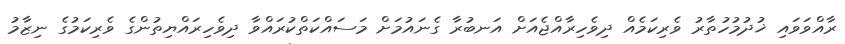
ރާއްވަވައި ޚުދުމުހުތާރު ވެރިކަމެއް ދިވެހިރާއްޖެއަށް އަނބުރާ ގެނައުމަށް މަސައްކަތްކުރައްވާ ދިވެހިރައްޔިތުންގެ ވެރިކަމުގެ ނިޒާމު